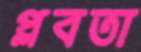
প্লবতা